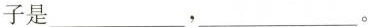
子是_，_。